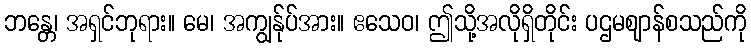
ဘန္တေ၊ အရှင်ဘုရား။ မေ၊ အကျွန်ုပ်အား။ ဧသေဝ၊ ဤသို့အလိုရှိတိုင်း ပဌမဈာန်စသည်ကို